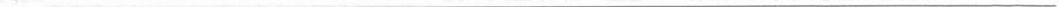
___